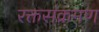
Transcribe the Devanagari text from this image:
रक्तसंक्रमण